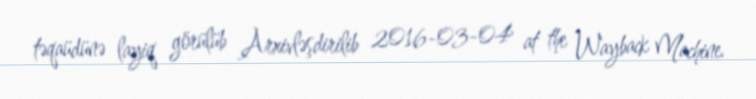
təqaüdünə layiq görülüb Arxivləşdirilib 2016-03-04 at the Wayback Machine.